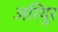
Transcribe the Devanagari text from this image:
अरियुर